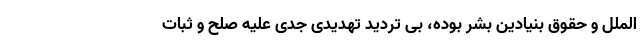
الملل و حقوق بنیادین بشر بوده، بی تردید تهدیدی جدی علیه صلح و ثبات